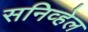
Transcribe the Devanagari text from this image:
सनिव्हेल